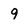
Character: 9